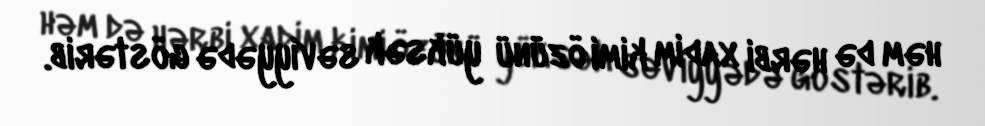
həm də hərbi xadim kimi özünü yüksək səviyyədə göstərib.